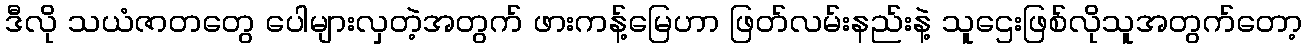
ဒီလို သယံဇာတတွေ ပေါများလှတဲ့အတွက် ဖားကန့်မြေဟာ ဖြတ်လမ်းနည်းနဲ့ သူဌေးဖြစ်လိုသူအတွက်တော့